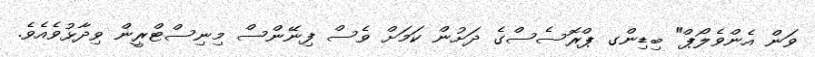
ވަން އެންވެލޯޕް" ބިޑިންގ ޕްރޮސެސްގެ ދަށުން ކަމަށް ވެސް ފިނޭންސް މިނިސްޓްރީން ވިދާޅުވެއެވެ.